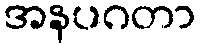
အနပဂတာ